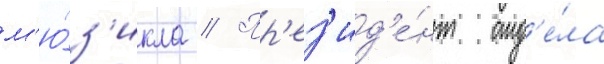
м'ю́з'икла // Пр'ез'ид'е́нт отд'е́ла